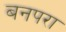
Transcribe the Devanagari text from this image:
बनपरा